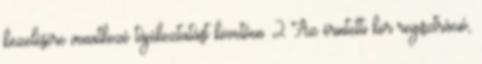
kezelésére vonatkozó tájékoztatást követően. 2 Az érintetti kör regisztráció,